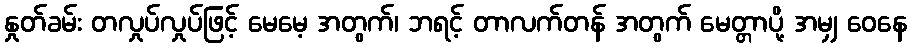
နှုတ်ခမ်း တလှုပ်လှုပ်ဖြင့် မေမေ့ အတွက်၊ ဘရင့် တာလက်တန် အတွက် မေတ္တာပို့ အမျှ ဝေနေ